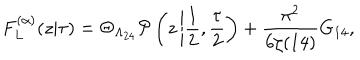
F _ { L } ^ { ( \alpha ) } ( z | \tau ) = \Theta _ { \Lambda _ { 2 4 } } { \cal P } \left( z \left| \frac { 1 } { 2 } , \frac { \tau } { 2 } \right. \right) + \frac { \pi ^ { 2 } } { 6 \zeta ( 1 4 ) } G _ { 1 4 } ,